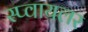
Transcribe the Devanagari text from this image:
स्प्वायलर